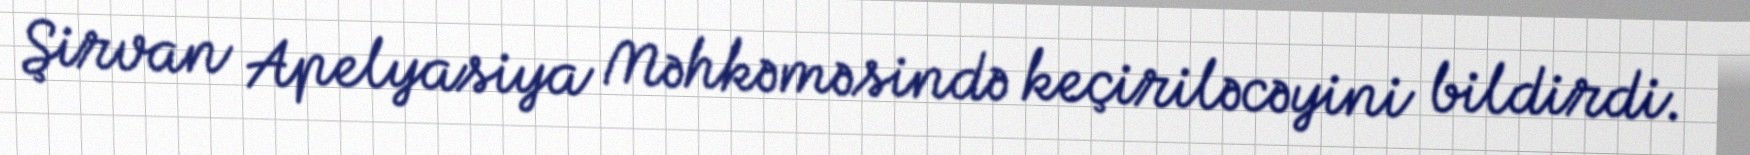
Şirvan Apelyasiya Məhkəməsində keçiriləcəyini bildirdi.